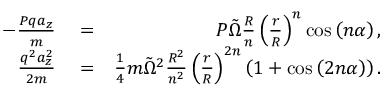
\begin{array} { r l r } { - \frac { P q a _ { z } } { m } } & { { } = } & { P \tilde { \Omega } \frac { R } { n } \left( \frac { r } { R } \right) ^ { n } \cos \left( n \alpha \right) , } \\ { \frac { q ^ { 2 } a _ { z } ^ { 2 } } { 2 m } } & { { } = } & { \frac { 1 } { 4 } m \tilde { \Omega } ^ { 2 } \frac { R ^ { 2 } } { n ^ { 2 } } \left( \frac { r } { R } \right) ^ { 2 n } \left( 1 + \cos \left( 2 n \alpha \right) \right) . } \end{array}